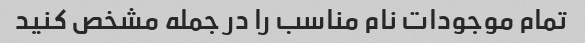
تمام موجودات نام مناسب را در جمله مشخص کنید